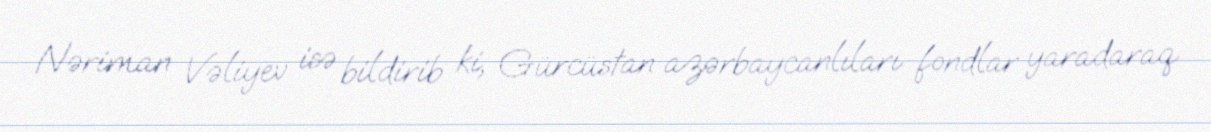
Nəriman Vəliyev isə bildirib ki, Gürcüstan azərbaycanlıları fondlar yaradaraq